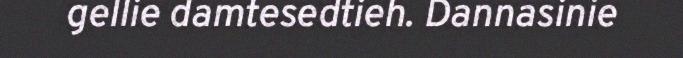
gellie damtesedtieh. Dannasinie